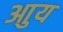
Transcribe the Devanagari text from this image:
आुय